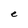
Character: e